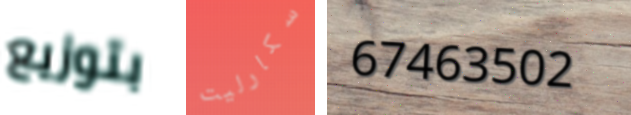
بتوزيع سكارليت 67463502